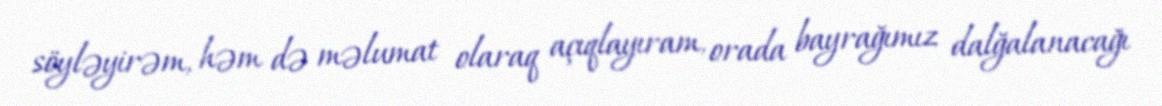
söyləyirəm, həm də məlumat olaraq açıqlayıram, orada bayrağımız dalğalanacağı